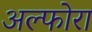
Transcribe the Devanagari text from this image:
अल्फोरा